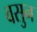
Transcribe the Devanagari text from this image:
वसुन